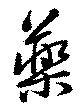
藥